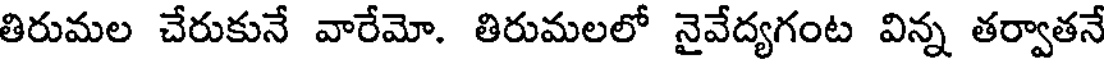
తిరుమల చేరుకునే వారేమో. తిరుమలలో నైవేద్యగంట విన్న తర్వాతనే